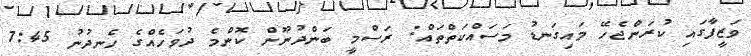
ވަޒީފާގައި ކުރަންޖެހޭ މައިގަނޑު މަސައްކަތްތައް: ރަސްމީ ބަންދުނޫން ކޮންމެ ދުވަހެއްގެ ހެނދުނު 7:45